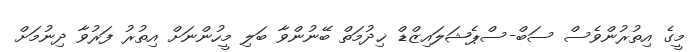
މީގެ އިތުރުންވެސް ސަބް-ސްޕެޝަލައިޒްޑް ޚިދުމަތް ބޭނުންވާ ބަލި މީހުންނަށް އިތުރު ފަރުވާ ދިނުމަށް